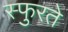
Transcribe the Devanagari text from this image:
स्फुरते